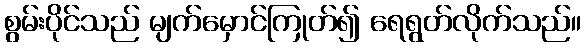
စွမ်းပိုင်သည် မျက်မှောင်ကြုတ်၍ ရေရွတ်လိုက်သည်။